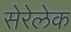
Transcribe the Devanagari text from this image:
सेरेलेक